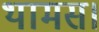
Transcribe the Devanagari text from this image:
थामस।